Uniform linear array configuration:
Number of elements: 12
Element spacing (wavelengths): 1
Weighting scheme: hann
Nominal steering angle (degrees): -30
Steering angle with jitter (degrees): -30.66
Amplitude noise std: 0.05
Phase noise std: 0.05

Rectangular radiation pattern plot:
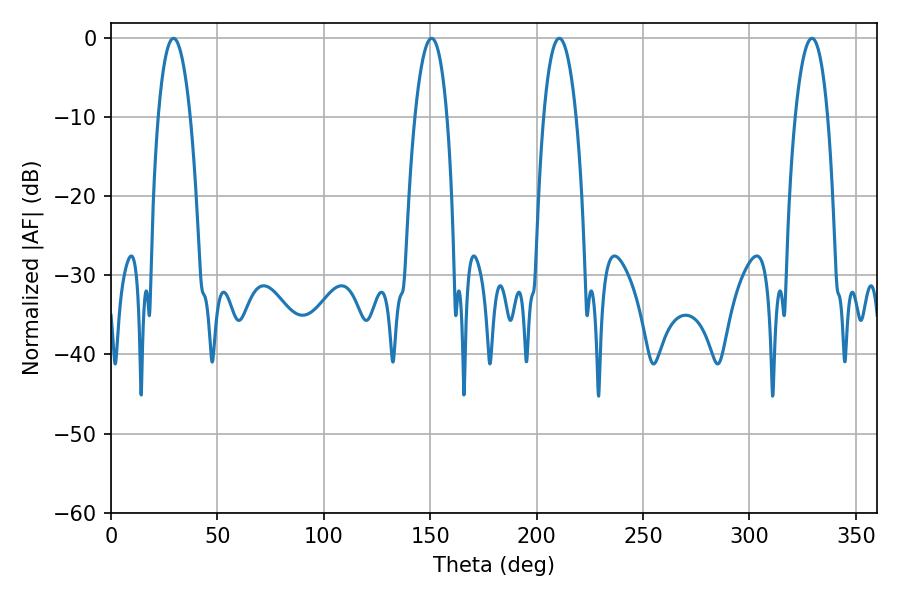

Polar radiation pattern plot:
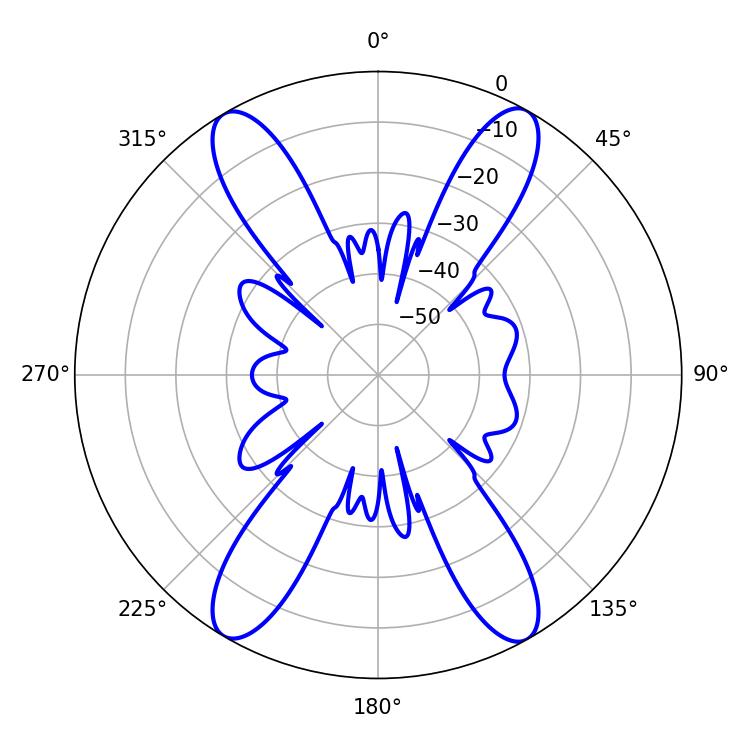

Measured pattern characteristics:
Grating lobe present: TRUE
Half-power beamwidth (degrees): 8.46
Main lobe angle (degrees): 150.66